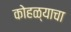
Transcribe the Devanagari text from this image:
कोहळ्याचा